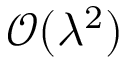
\mathcal { O } ( \lambda ^ { 2 } )